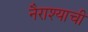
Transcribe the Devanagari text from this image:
नैराश्याची